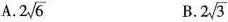
A.2 \sqrt{6}B. 2 \sqrt{3}